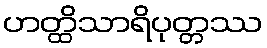
ဟတ္ထိသာရိပုတ္တဿ